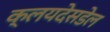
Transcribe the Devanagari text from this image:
क्लयदेसडेल